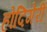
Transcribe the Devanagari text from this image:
होदिगेरी